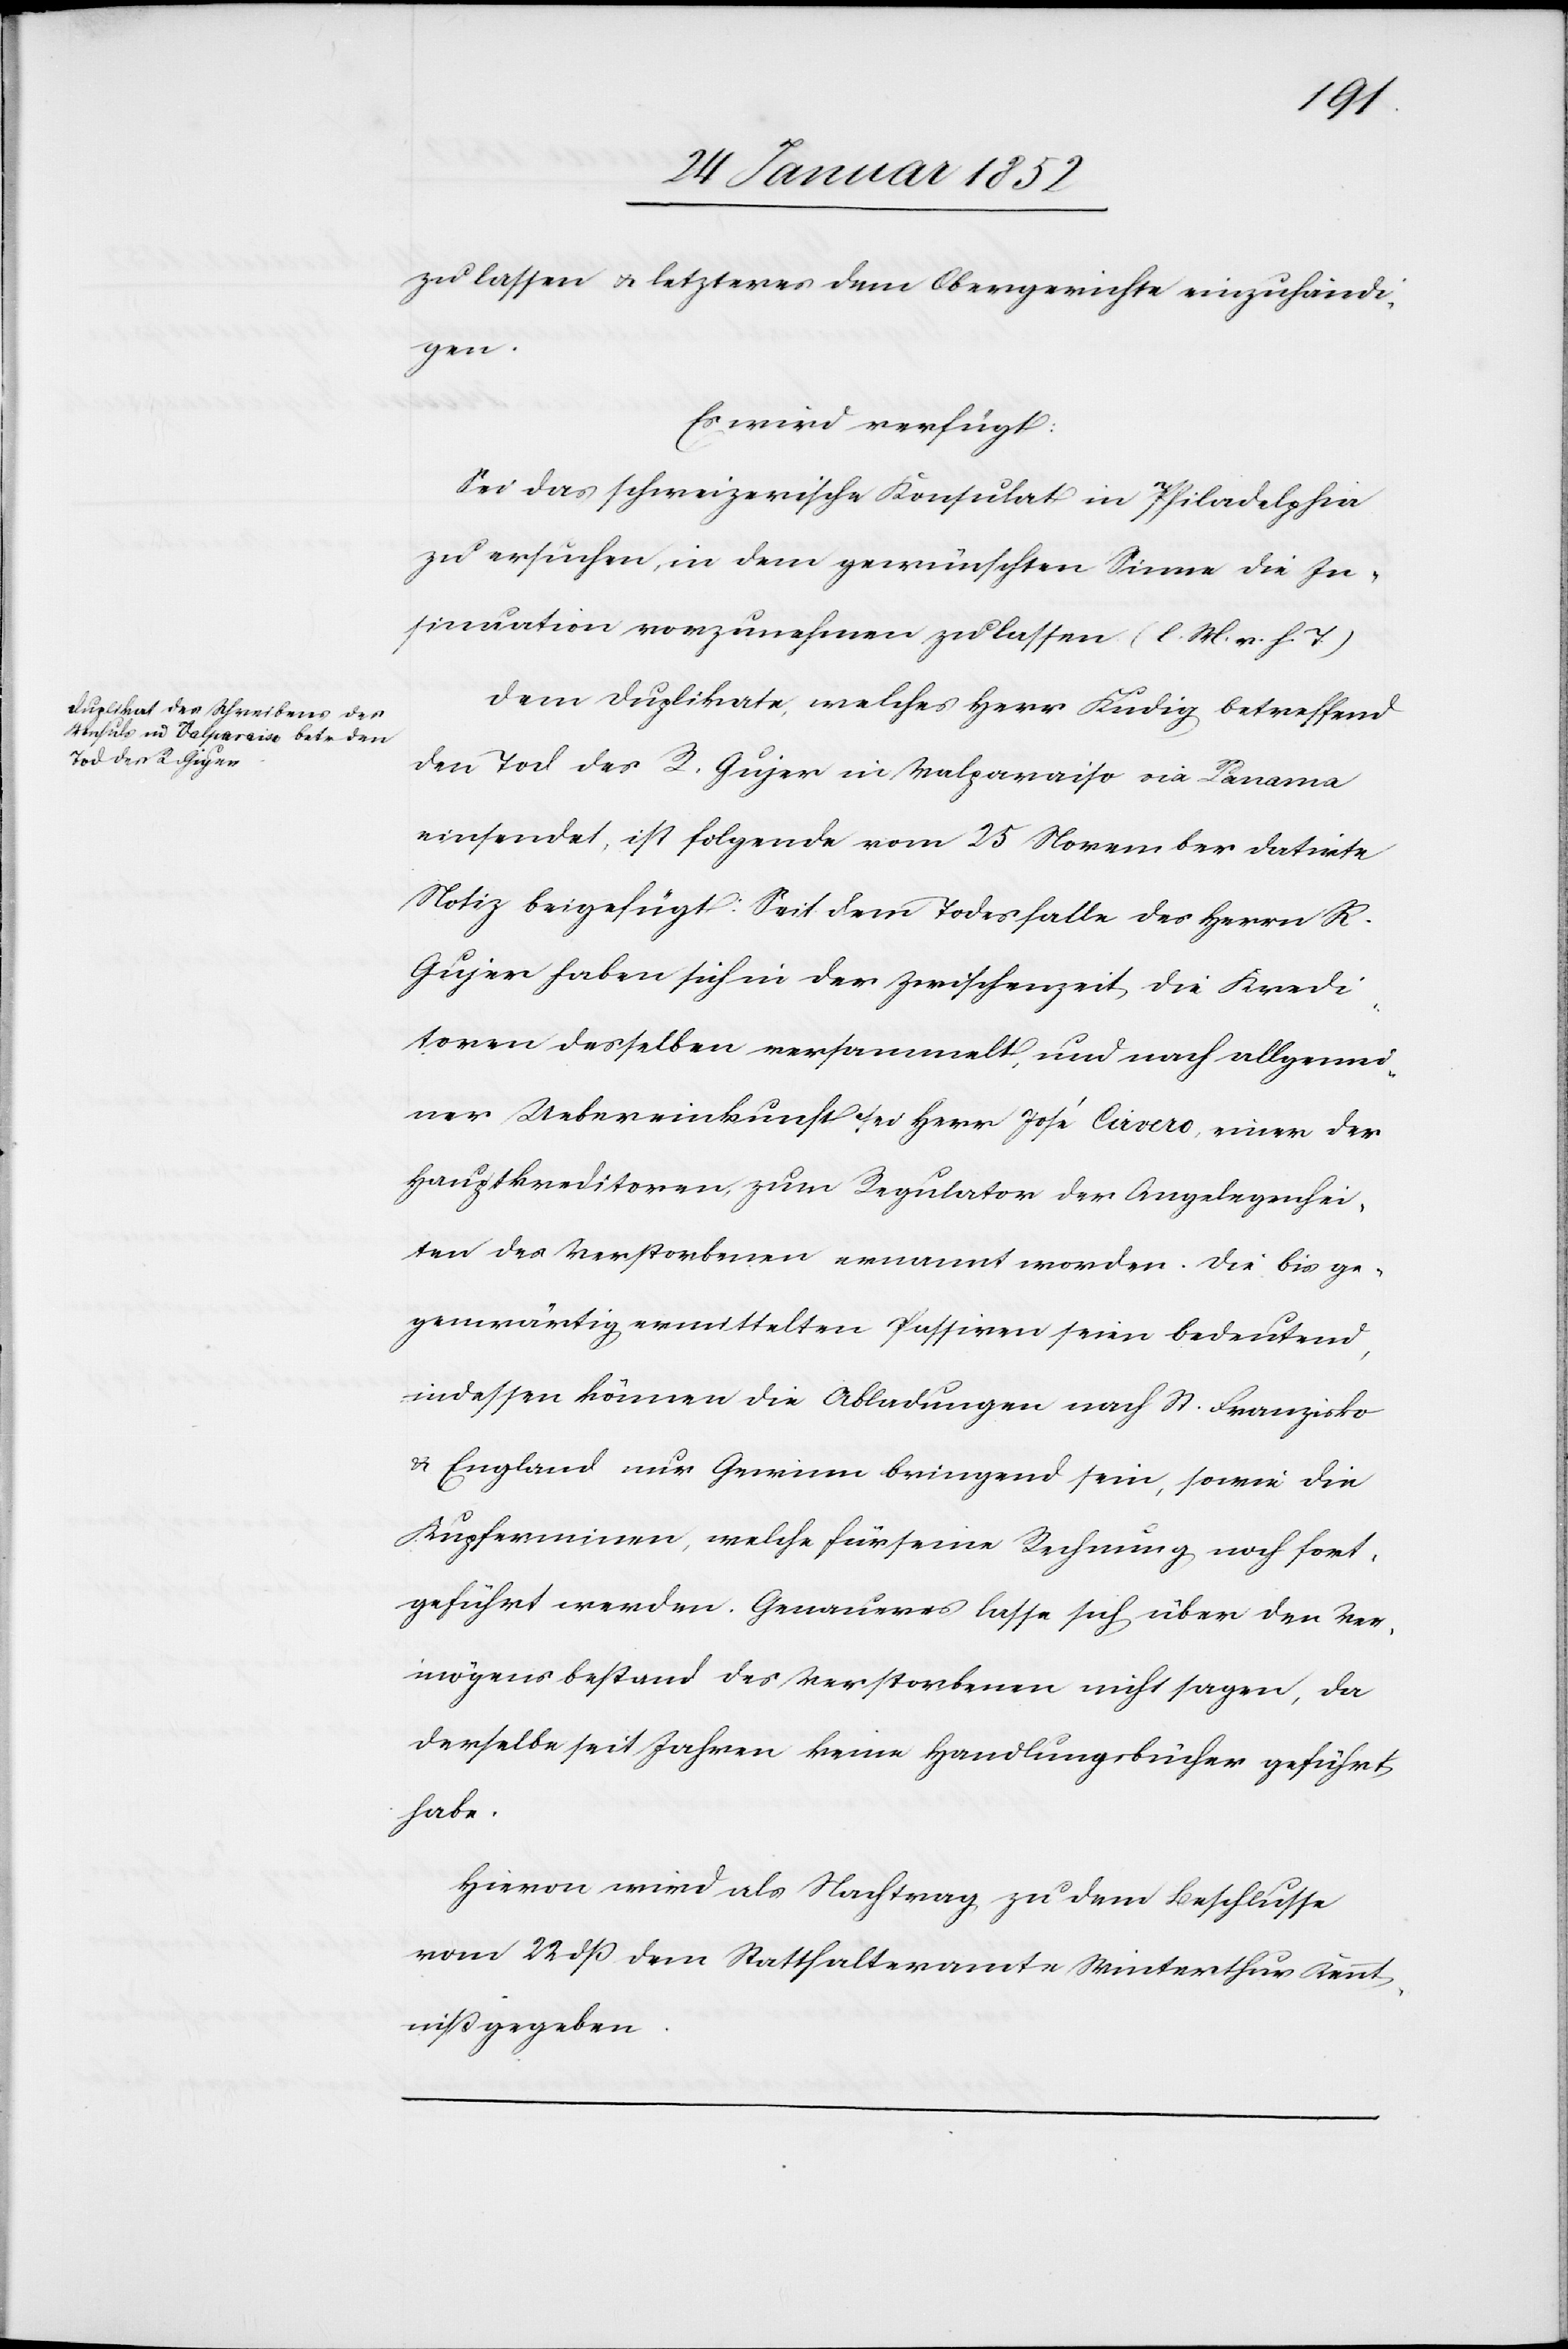
26 Januar 1852]
zu lassen u. letzterer dem Obergerichte einzuhändi¬
gen.
Es wird verfügt:
Sei das schweizerische Konsulat in Philadelphia
zu ersuchen in dem gewünschten Sinne die In¬
sinuation vorzunehmen zu lassen (l. M. v. h. T.)
Dem Duplikate, welches Herr Kudig betreffend
den Tod des R. Gujer in Valparaiso via Panama
einsendet, ist folgende vom 25 November datirte
Notiz beigefügt: Seit dem Todesfalle des Herrn R.
Gujer haben sich in der Zwischenzeit, die Kredi¬
toren desselben versammelt, und nach allgemei¬
ner Uebereinkunft sei Herr José Cierero, einer der
Hauptkreditoren, zum Regulator der Angelegenhei¬
ten des Verstorbenen ernannt worden. Die bis ge¬
genwärtig ermittelten Passiven seien bedeutend,
indessen können die Abladungen nach St. Franzisko
u. England nur Gewinn bringend sein, sowie die
Kupferminen, welche für seine Rechnung noch fort¬
geführt werden. Genaueres lasse sich über den Ver¬
mögensbestand des verstorbenen nicht sagen, da
derselbe seit Jahren keine Handlungsbücher geführt
habe.
Hiervon wird als Nachtrag zu dem Beschlusse
vom 22 dß dem Statthalteramte Winterthur Kennt¬
niß gegeben.